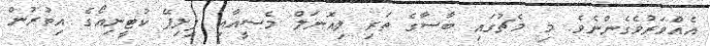
އެއްވަރުވެގެންނެވެ. މި މެޗުގައި ބާސާގެ ތަރި ލިއޮނަލް މެސީއާއި ފިލިޕޭ ކުޓީނިއޯގެ އިތުރުން